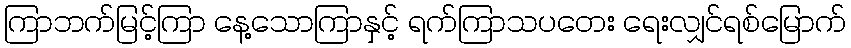
ကြာဘက်မြင့်ကြာ နေ့သောကြာနှင့် ရက်ကြာသပတေး ရေးလျှင်ရစ်မြောက်